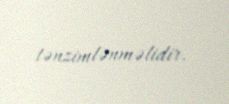
tənzimlənməlidir.